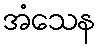
အံသေန